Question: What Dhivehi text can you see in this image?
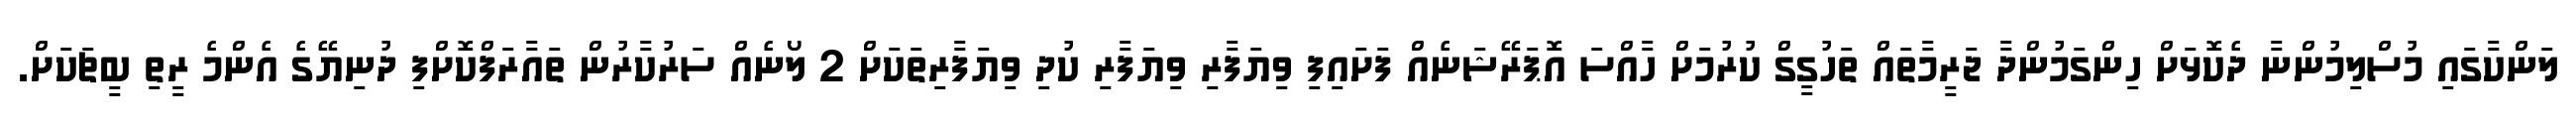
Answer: ލަންކާގައި މުސްލިމުންނާ ދެކޮޅަށް ހިންގަމުންދާ ޖަރީމާތައް ތަހުގީގް ކުރުމަށް ހާއްސަ އޮޕަރޭޝަނެއް ފަށައިފި ވިޔަފާރި ވިޔަފާރި ކުދި ވިޔަފާރިތަކަށް 2 ލޯނެއް ސަރުކާރުން ތައާރަފްކޮށްފި ދުނިޔޭގެ އެންމެ ރީތި ބީޗަކަށް.